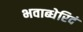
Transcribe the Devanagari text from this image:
भवाब्धेरिदं